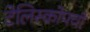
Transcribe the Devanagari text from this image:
टेलिस्कोपची